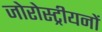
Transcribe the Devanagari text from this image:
जोरोस्ट्रीयनों